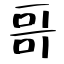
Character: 哥